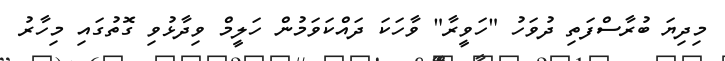
މިދިޔަ ބުރާސްފަތި ދުވަހު "ހަވީރާ" ވާހަކަ ދައްކަވަމުން ހަލީމް ވިދާޅުވި ގޮތުގައި މިހާރު